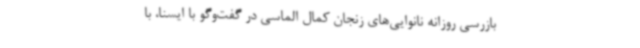
بازرسی روزانه نانوایی‌های زنجان کمال الماسی در گفت‌وگو با ایسنا، با